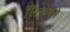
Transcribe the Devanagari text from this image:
लिख्नने